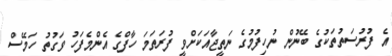
އެ ފުރުސަތުތަކުގެ ބޭނުން ނުހިފުމުގެ ނަތީޖާއަކަށްވީ ފުރަތަމަ ހާފްގެ އެންމެފަހު ވަގުތު ހަމޭސް